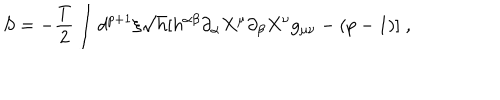
LaTeX: S = - \frac { T } { 2 } \int d ^ { p + 1 } \xi \sqrt { h } [ h ^ { \alpha \beta } \partial _ { \alpha } X ^ { \mu } \partial _ { \beta } X ^ { \nu } g _ { \mu \nu } - ( p - 1 ) ] \; ,